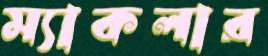
ম্যাকলার